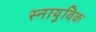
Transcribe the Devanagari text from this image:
स्नायुविक